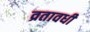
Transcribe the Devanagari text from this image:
व्रतावधी